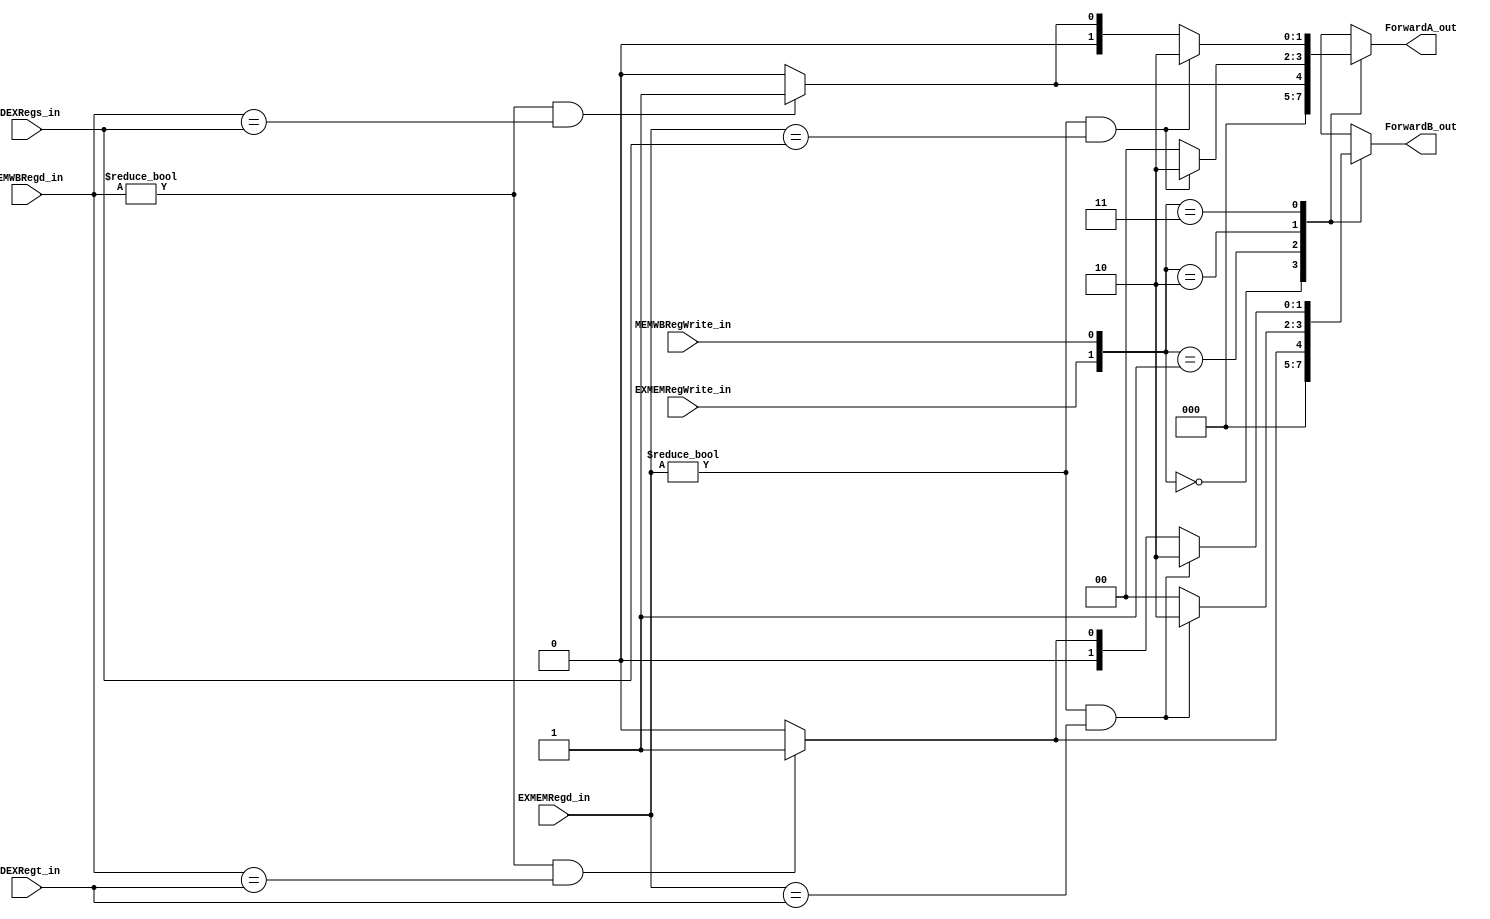
module ForwardingUnit(IDEXRegs_in, IDEXRegt_in, EXMEMRegWrite_in, EXMEMRegd_in, MEMWBRegd_in, MEMWBRegWrite_in, ForwardA_out, ForwardB_out);

  input [4:0] EXMEMRegd_in, MEMWBRegd_in, IDEXRegs_in, IDEXRegt_in;
  input EXMEMRegWrite_in;    
  input MEMWBRegWrite_in;    
  output reg [1:0] ForwardA_out;  
  output reg [1:0] ForwardB_out;  

  always @(*) begin
    case({EXMEMRegWrite_in,MEMWBRegWrite_in})
      2'b00: begin // No Hazard
        ForwardA_out <= 2'b00;
        ForwardB_out <= 2'b00;
      end
      2'b01: begin // MEMWB Hazard
        if(MEMWBRegd_in != 0 && MEMWBRegd_in == IDEXRegs_in)
          ForwardA_out <= 2'b01;
        else
          ForwardA_out <= 0;
        if(MEMWBRegd_in != 0 && MEMWBRegd_in == IDEXRegt_in)
          ForwardB_out <= 2'b01;
        else
          ForwardB_out <= 0;
      end
      2'b10: begin // EXMEM Hazard
        if(EXMEMRegd_in != 0 && EXMEMRegd_in == IDEXRegs_in)
          ForwardA_out <= 2'b10;
        else
          ForwardA_out <= 0;
        if(EXMEMRegd_in != 0 && EXMEMRegd_in == IDEXRegt_in)
          ForwardB_out <= 2'b10;
        else
          ForwardB_out <= 0;
      end
      2'b11: begin // Double Data Hazard
        if(EXMEMRegd_in != 0 && EXMEMRegd_in == IDEXRegs_in) 
          ForwardA_out <= 2'b10;
        else if(MEMWBRegd_in != 0 && MEMWBRegd_in == IDEXRegs_in )
          ForwardA_out <= 2'b01;
        else
          ForwardA_out <= 0;
        if(EXMEMRegd_in != 0 && EXMEMRegd_in == IDEXRegt_in) 
          ForwardB_out <= 2'b10;
        else if(MEMWBRegd_in != 0 && MEMWBRegd_in == IDEXRegt_in)
          ForwardB_out <= 2'b01;
        else
          ForwardB_out <= 0;
      end
      default: begin
        ForwardA_out <= 1'b0;
        ForwardB_out <= 1'b0;
      end // end default
    endcase // endcase statement
  end // end always    
endmodule